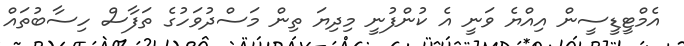
އެމްޓީޑީސީން އިއްޔެ ވަނީ އެ ކުންފުނީ މިދިޔަ ތިން މަސްދުވަހުގެ ތަފާސް ހިސާބުތައް